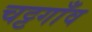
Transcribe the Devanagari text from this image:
चट्टगाँव